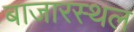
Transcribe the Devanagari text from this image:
बाजारस्थल